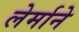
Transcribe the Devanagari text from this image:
लेर्माने